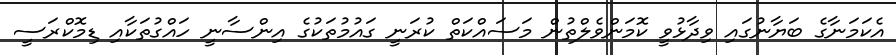
އެކަމަނާގެ ބަޔާނުގައި ވިދާޅުވީ ކޮމަންވެލްތުން މަސައްކަތް ކުރަނީ ގައުމުތަކުގެ އިންސާނީ ހައްގުތަކާއި ޑިމޮކްރަސީ